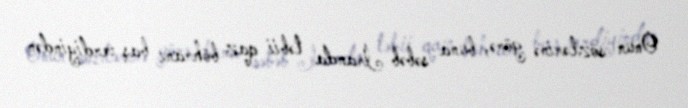
Onun sözlərinə görə, buna səbəb İranda təbii qaz böhranı baş verdiyindən